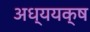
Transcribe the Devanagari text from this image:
अध्ययक्ष